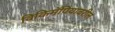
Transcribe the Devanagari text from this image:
विकिमॅपियावरील